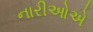
નારીઓએ